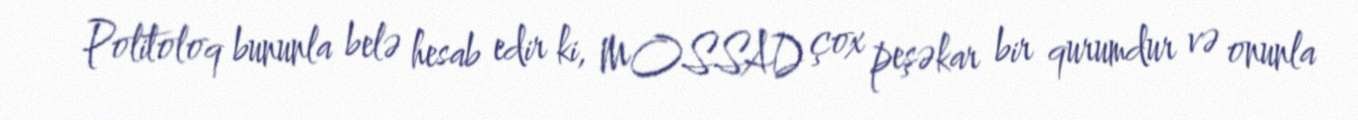
Politoloq bununla belə hesab edir ki, MOSSAD çox peşəkar bir qurumdur və onunla